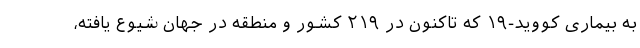
به بیماری کووید-۱۹ که تاکنون در ۲۱۹ کشور و منطقه در جهان شیوع یافته،